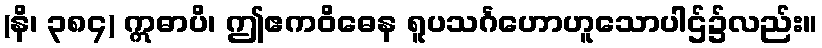
(နိ၊ ၃၈၄) ဣဓာပိ၊ ဤဧကဝိဓေန ရူပသင်္ဂဟောဟူသောပါဌ်၌လည်း။